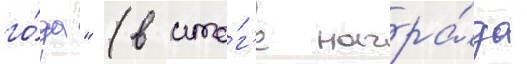
го́да" (в ито́г'е награ́да